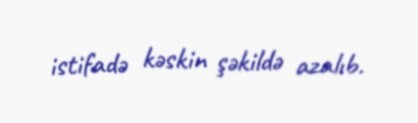
istifadə kəskin şəkildə azalıb.